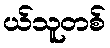
ယ်သူတစ်